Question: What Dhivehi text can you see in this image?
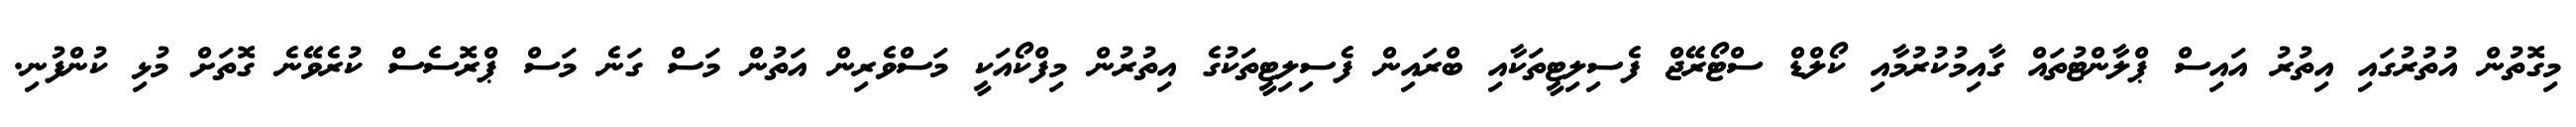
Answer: މިގޮތުން އުތުރުގައި އިތުރު އައިސް ޕްލާންޓުތައް ގާއިމުކުރުމާއި ކޯލްޑް ސްޓޯރޭޖް ފެސިލިޓީތަކާއި ބްރައިން ފެސިލިޓީތަކުގެ އިތުރުން މިފްކޯއަކީ މަސްވެރިން އަތުން މަސް ގަނެ މަސް ޕްރޮސެސް ކުރެވޭނެ ގޮތަށް މުޅި ކުންފުނި.